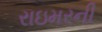
રાઇમરની